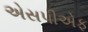
એસપીએફ